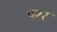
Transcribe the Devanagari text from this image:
परर